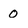
Character: 0